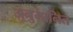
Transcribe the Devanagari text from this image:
अनुमानित